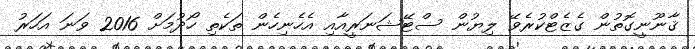
ޤާނޫނީގޮތުން ގެޒެޓްކުރެވޭ ލިޔުން ސްޓޭޝަނަރީއާއި އެހެނިހެން ތަކެތި ހޯދުމަށް 2016 ވަނަ އަހަރު